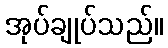
အုပ်ချုပ်သည်။